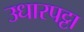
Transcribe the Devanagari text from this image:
उधारपट्टा